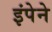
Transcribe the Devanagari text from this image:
इंपेने